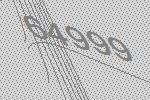
64999